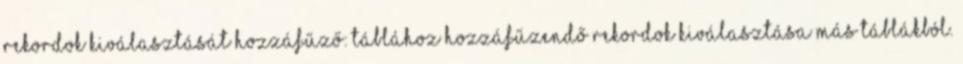
rekordok kiválasztását Hozzáfűző: Táblához hozzáfűzendő rekordok kiválasztása más táblákból.